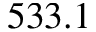
5 3 3 . 1